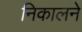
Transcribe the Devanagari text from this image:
निकालने